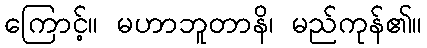
ကြောင့်။ မဟာဘူတာနိ၊ မည်ကုန်၏။